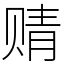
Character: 䞍